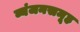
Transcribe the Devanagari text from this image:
व्यंजनसमूह